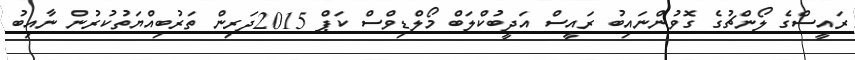
ރައީސްގެ ލޯންޗުގެ ގޮވުންނައިބު ރައީސް އަދީބުކްލަބް މޯލްޑިވްސް ކަޕް 2015ދަރިން ތަރުބިއްޔަތުކުރުން ނާއިބު